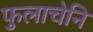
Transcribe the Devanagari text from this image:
फुलाचेनि